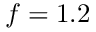
f = 1 . 2